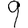
Digit: 9